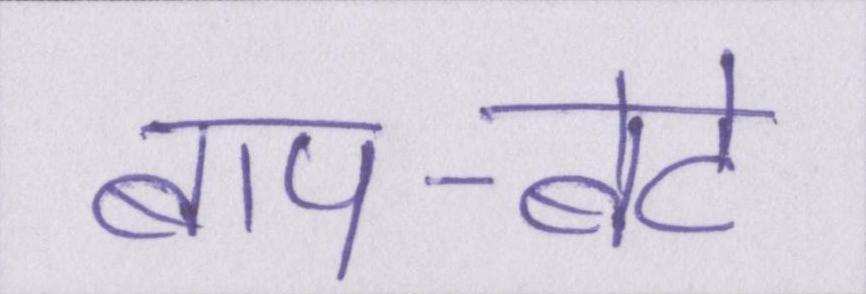
बाप-बेटे